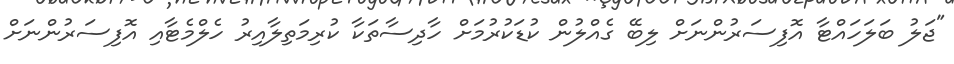
"ޖަލު ބަލަހައްޓާ އޮފިސަރުންނަށް ލިބޭ ގެއްލުން ކުޑަކުރުމަށް ހާދިސާތަކާ ކުރިމަތިލާއިރު ހެލްމެޓާއި އޮފިސަރުންނަށް